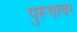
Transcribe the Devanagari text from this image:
पुरूषावर